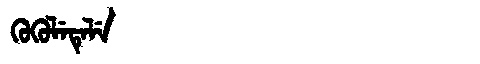
Manchu: ᡴᡠᡴᡠᠯᡝᡨᡝᠯᡝ
Romanization: KUKULETELE